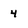
Character: 4